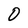
Character: 0